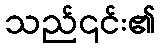
သည်၎င်း၏